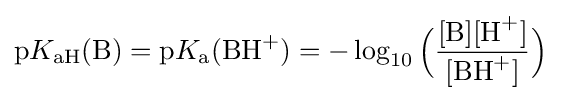
\mathrm {p} K_{\mathrm {aH} }(\mathrm {B} )=\mathrm {p} K_{\mathrm {a} }({\ce {BH+}})=-\log _{10}{\Big (}{\frac {[{\ce {B}}][{\ce {H+}}]}{[{\ce {BH+}}]}}{\Big )}